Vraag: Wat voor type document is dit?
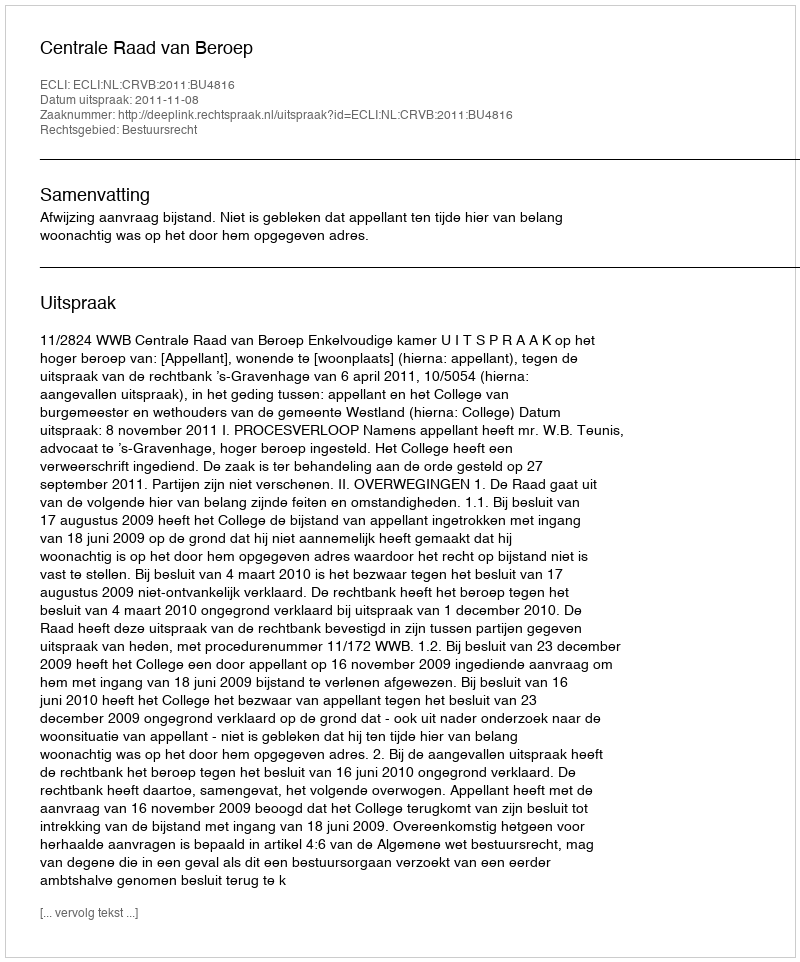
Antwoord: Uitspraak